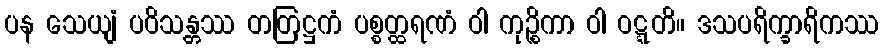
ပန သေယျံ ပဝိသန္တဿ တတြဋ္ဌကံ ပစ္စတ္ထရဏံ ဝါ ကုဉ္စိကာ ဝါ ဝဋ္ဋတိ။ ဒသပရိက္ခာရိကဿ